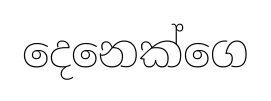
දෙනෙක්ගෙ